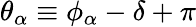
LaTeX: \theta_{\alpha}\equiv\phi_{\alpha}-\delta+\pi